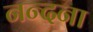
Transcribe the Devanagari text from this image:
नन्दना